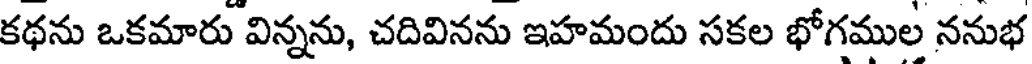
కథను ఒకమారు విన్నను, చదివినను ఇహమందు సకల భోగముల ననుభ